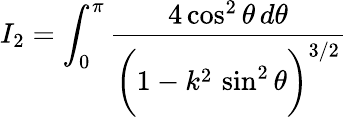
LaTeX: I_{2}=\int_{0}^{\pi}\frac{4\cos^{2}\theta\, d\theta}{\bigg(1-k^{2}\, \sin^{2}\theta\bigg)^{3/2}}